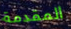
المقدمة